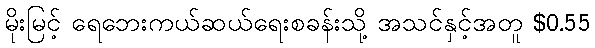
မိုးမြင့် ရေဘေးကယ်ဆယ်ရေးစခန်းသို့ အသင်နှင့်အတူ $0.55